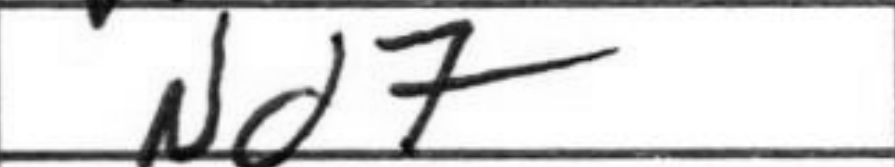
Transcription: Nd7